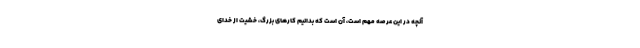
آنچه در این عرصه مهم است، آن است که بدانیم کارهای بزرگ، خشیت از خدای